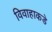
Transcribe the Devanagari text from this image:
विवाहाकडे